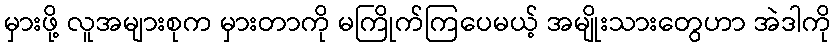
မှားဖို့ လူအများစုက မှားတာကို မကြိုက်ကြပေမယ့် အမျိုးသားတွေဟာ အဲဒါကို